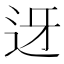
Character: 迓